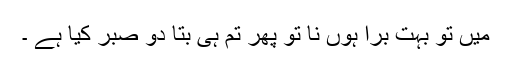
میں تو بہت برا ہوں نا تو پھر تم ہی بتا دو صبر کیا ہے ۔